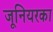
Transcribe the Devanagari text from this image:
जूनियरका